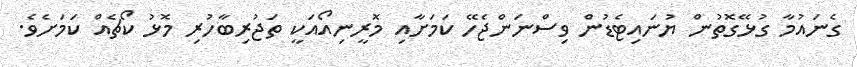
ގެނައުމާ ގުޅޭގޮތުން ޔުނައިޓެޑުން ވިސްނަންޖެހޭ ކަމަށާއި މޮރީނިއޯއަކީ ތަޖުރިބާހުރި މޮޅު ކޯޗެއް ކަމަށެވެ.